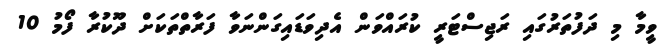
ވީމާ މި ދަފުތަރުގައި ރަޖިސްޓަރީ ކުރައްވަން އެދިވަޑައިގަންނަވާ ފަރާތްތަކަށް ދޫކުރާ ފޯމު 10